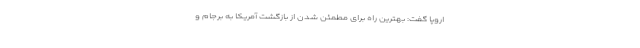
اروپا گفت: بهترین راه برای مطمئن شدن از بازگشت آمریکا به برجام و